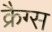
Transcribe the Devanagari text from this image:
क्रैग्स